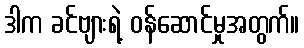
ဒါက ခင်ဗျားရဲ့ ဝန်ဆောင်မှုအတွက်။